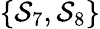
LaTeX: \{ \mathcal{S}_{7},\mathcal{S}_{8}\}